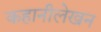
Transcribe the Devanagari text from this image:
कहानीलेखन